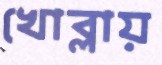
খোব্‌লায়